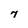
Character: 7